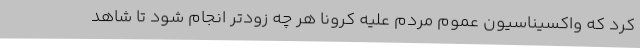
کرد که واکسیناسیون عموم مردم علیه کرونا هر چه زودتر انجام شود تا شاهد